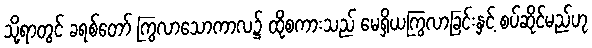
သို့ရာတွင် ခရစ်တော် ကြွလာသောကာလ၌ ထိုစကားသည် မေရှိယကြွလာခြင်းနှင့် စပ်ဆိုင်မည်ဟု